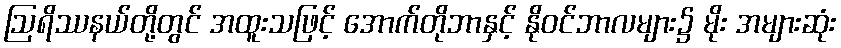
ဩရိဿနယ်တို့တွင် အထူးသဖြင့် အောက်တိုဘာနှင့် နိုဝင်ဘာလများ၌ မိုး အများဆုံး